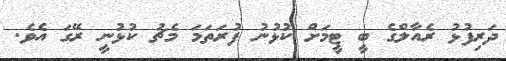
ދަރިފުޅު ރެއާލްގެ ބީ ޓީމަށް ކުޅުނު ފުރަތަމަ މެޗު ކުޅުނީ ރޭގަ އެވެ.